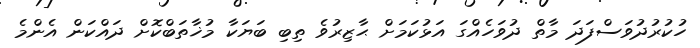
ހުކުރުދުވަސްފަދަ މާތް ދުވަހެއްގަ އަޅުކަމަށް ޙާޒިރުވެ ތިބި ބަޔަކާ މުޚާތަބްކޮށް ދައްކަން އެންމެ